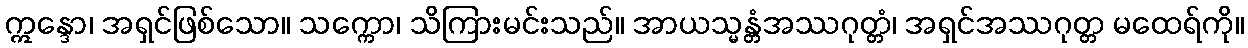
ဣန္ဒော၊ အရှင်ဖြစ်သော။ သက္ကော၊ သိကြားမင်းသည်။ အာယသ္မန္တံအဿဂုတ္တံ၊ အရှင်အဿဂုတ္တ မထေရ်ကို။